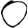
Digit: 0